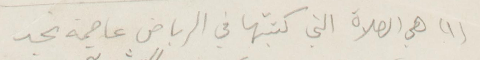
(١) هي الصلاة التي كتبتها في الرياض عاصمة نجد